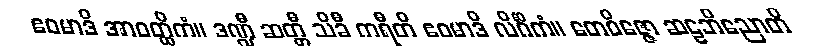
ဧဝမာဒိ အာဝတ္ထိကံ။ ဒဏ္ဍီ ဆတ္တီ သိခီ ကရီတိ ဧဝမာဒိ လိင်္ဂိကံ။ တေဝိဇ္ဇော ဆဠဘိညောတိ